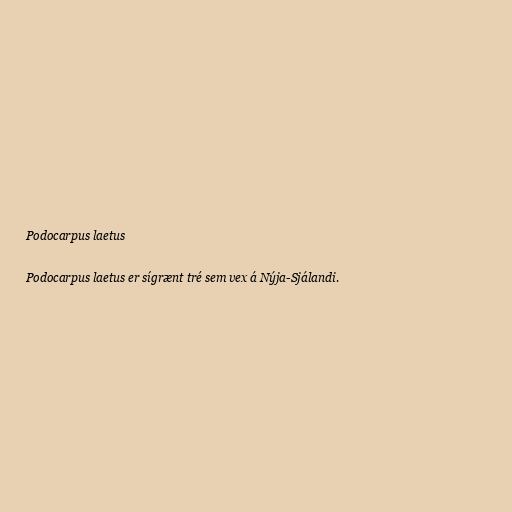
Podocarpus laetus

Podocarpus laetus er sígrænt tré sem vex á Nýja-Sjálandi.